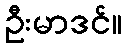
ဦးမာဒင်။